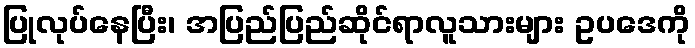
ပြုလုပ်နေပြီး၊ အပြည်ပြည်ဆိုင်ရာလူသားများ ဥပဒေကို